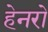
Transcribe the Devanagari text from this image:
हेनरो